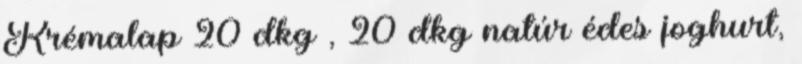
Krémalap 20 dkg , 20 dkg natúr édes joghurt,